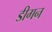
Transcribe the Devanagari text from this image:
डीगन